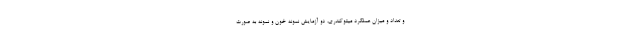
و تعداد و میزان عملکرد میتوکندری، دو آزمایش نمونه خون و نمونه به صورت